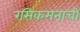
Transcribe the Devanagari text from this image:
रसिकमनाची